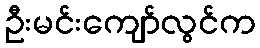
ဦးမင်းကျော်လွင်က